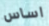
اساس